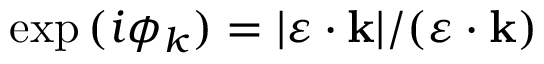
\exp { ( i \phi _ { k } ) } = | \boldsymbol { \varepsilon } \cdot \mathbf { k } | / ( \boldsymbol { \varepsilon } \cdot \mathbf { k } )